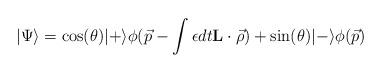
LaTeX: \begin{align*}|\Psi\rangle= \cos(\theta)|+\rangle \phi(\vec p-\int \epsilon dt {\bf L}\cdot\vec\rho)+ \sin(\theta)|-\rangle \phi(\vec p)\end{align*}